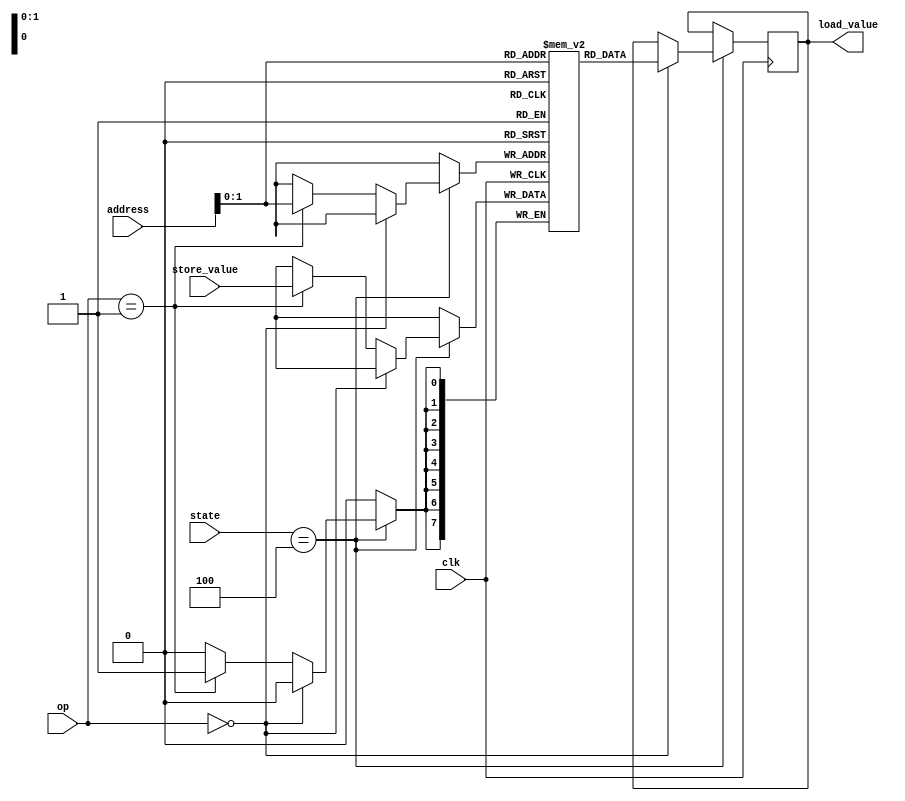
`timescale 1ns / 1ps
//////////////////////////////////////////////////////////////////////////////////
// Company: 
// Engineer: 
// 
// Design Name: 
// Module Name:    main_mem 
// Project Name: 
// Target Devices: 
// Tool versions: 
// Description: 
//
// Dependencies: 
//
// Revision: 
// Revision 0.01 - File Created
// Additional Comments: 
//
//////////////////////////////////////////////////////////////////////////////////
`define STATE_MEMORY 4
`define MEM_READ  2'b00
`define MEM_WRITE 2'b01
module main_mem(clk, state, address, op, store_value, load_value);

   input clk;
	input [2:0] state;
	input [7:0] address;
	input [1:0] op;
	input [7:0] store_value;
	
	output [7:0] load_value;
	
	reg [7:0] load_value;
	reg [7:0] data_mem [0:2];
	
	initial begin
	   data_mem[0] = 8'b11101100;
		data_mem[1] = 8'b00001010;
		data_mem[2] = 8'b00000010;
	end
	
	always @ (posedge clk) begin
	   	if (state == `STATE_MEMORY) begin
		   	if (op == `MEM_READ) begin
			   	load_value <= data_mem[address];
			end
			else if (op == `MEM_WRITE) begin
			   	data_mem[address] <= store_value;
			end
		end
	end
endmodule